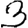
Digit: 3